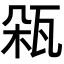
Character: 𤬾